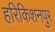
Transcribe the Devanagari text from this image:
हरिकिशनपुर